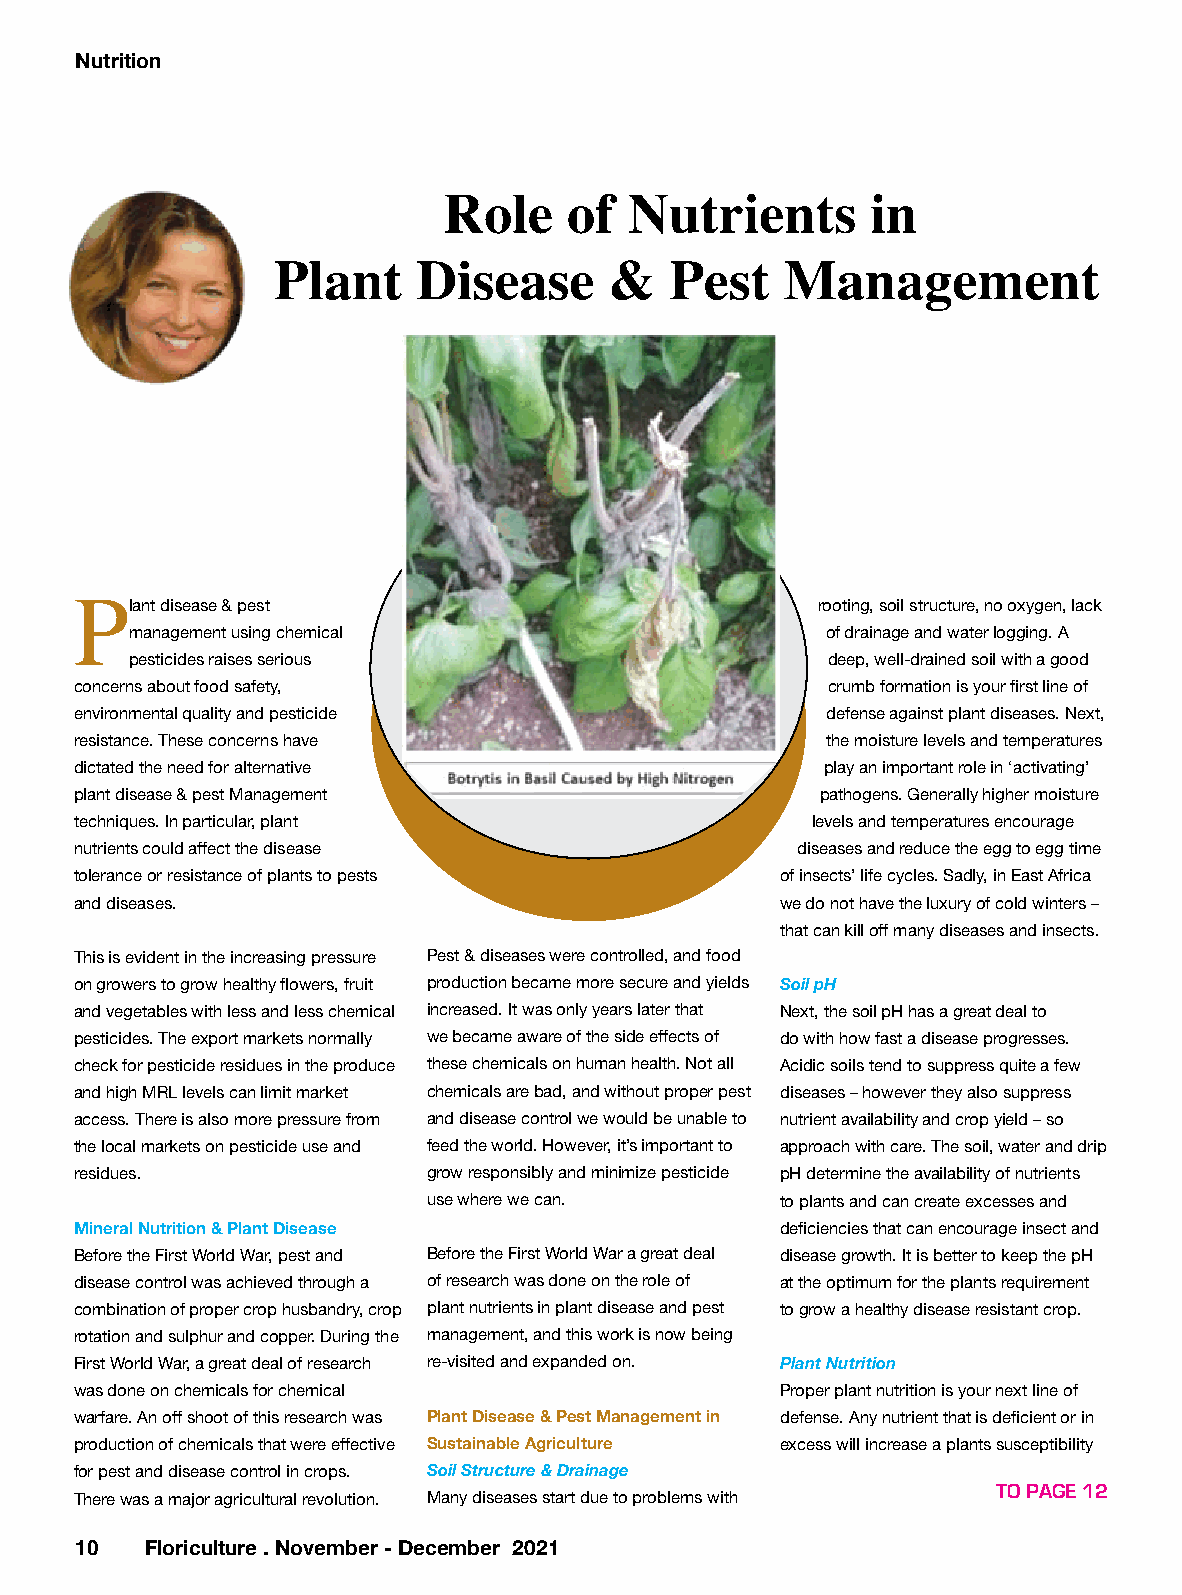
Nutrition
 Role     of  Nutrients       in
 Plant     Disease     &   Pest    Management
 lant disease & pest                          rooting, soil structure, no oxygen, lack
 P
 management using chemical                     of drainage and water logging. A
 pesticides raises serious                     deep, well-drained soil with a good
 concerns about food safety,                       crumb formation is your first line of
 environmental quality and pesticide               defense against plant diseases. Next,
 resistance. These concerns have                   the moisture levels and temperatures
 dictated the need for alternative                 play an important role in ‘activating’
 plant disease & pest Management                  pathogens. Generally higher moisture
 techniques. In particular, plant                 levels and temperatures encourage
 nutrients could affect the disease              diseases and reduce the egg to egg time
 tolerance or resistance of plants to pests     of insects’ life cycles. Sadly, in East Africa
 and diseases.                                  we do not have the luxury of cold winters –
 that can kill off many diseases and insects.
 This is evident in the increasing pressure Pest & diseases were controlled, and food
 on growers to grow healthy flowers, fruit production became more secure and yields Soil pH
 and vegetables with less and less chemical increased. It was only years later that Next, the soil pH has a great deal to
 pesticides. The export markets normally we became aware of the side effects of do with how fast a disease progresses.
 check for pesticide residues in the produce these chemicals on human health. Not all Acidic soils tend to suppress quite a few
 and high MRL levels can limit market chemicals are bad, and without proper pest diseases – however they also suppress
 access. There is also more pressure from and disease control we would be unable to nutrient availability and crop yield – so
 the local markets on pesticide use and feed the world. However, it’s important to approach with care. The soil, water and drip
 residues.              grow responsibly and minimize pesticide pH determine the availability of nutrients
 use where we can.       to plants and can create excesses and
 Mineral Nutrition & Plant Disease              deficiencies that can encourage insect and
 Before the First World War, pest and Before the First World War a great deal disease growth. It is better to keep the pH
 disease control was achieved through a of research was done on the role of at the optimum for the plants requirement
 combination of proper crop husbandry, crop plant nutrients in plant disease and pest to grow a healthy disease resistant crop.
 rotation and sulphur and copper. During the management, and this work is now being
 First World War, a great deal of research re-visited and expanded on. Plant Nutrition
 was done on chemicals for chemical             Proper plant nutrition is your next line of
 warfare. An off shoot of this research was Plant Disease & Pest Management in defense. Any nutrient that is deficient or in
 production of chemicals that were effective Sustainable Agriculture excess will increase a plants susceptibility
 for pest and disease control in crops. Soil Structure & Drainage
 TO PAGE 12
 There was a major agricultural revolution. Many diseases start due to problems with
 1 0  Floriculture . November - December 2021